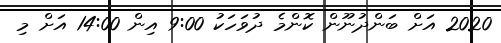
2020 އަށް ބަންދުނޫން ކޮންމެ ދުވަހަކު 9:00 އިން 14:00 އަށް މި